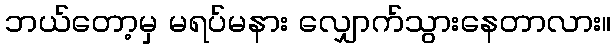
ဘယ်တော့မှ မရပ်မနား လျှောက်သွားနေတာလား။